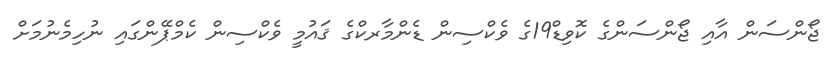
ޖޯންސަން އާއި ޖޯންސަންގެ ކޮވިޑް19ގެ ވެކްސިން ޑެންމާރކްގެ ޤައުމީ ވެކްސިން ކެމްޕޭންގައި ނުހިމެނުމަށް